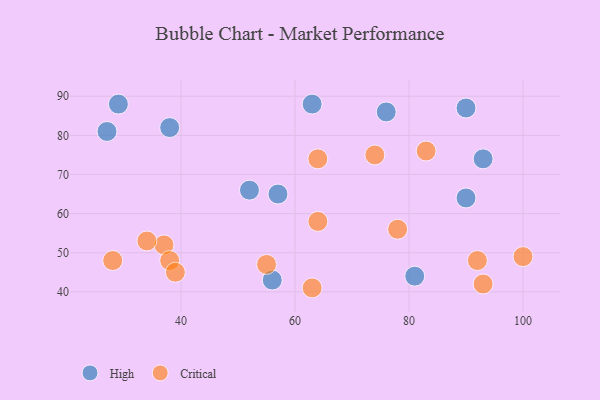
{"axis": {"x": "GDP", "y": "Life Expectancy"}, "legend": ["Critical", "High"], "data": [{"x": "76", "y": 86, "type": "High"}, {"x": "90", "y": 64, "type": "High"}, {"x": "63", "y": 88, "type": "High"}, {"x": "81", "y": 44, "type": "High"}, {"x": "90", "y": 87, "type": "High"}, {"x": "57", "y": 65, "type": "High"}, {"x": "52", "y": 66, "type": "High"}, {"x": "93", "y": 74, "type": "High"}, {"x": "27", "y": 81, "type": "High"}, {"x": "56", "y": 43, "type": "High"}, {"x": "29", "y": 88, "type": "High"}, {"x": "38", "y": 82, "type": "High"}, {"x": "64", "y": 58, "type": "Critical"}, {"x": "74", "y": 75, "type": "Critical"}, {"x": "93", "y": 42, "type": "Critical"}, {"x": "37", "y": 52, "type": "Critical"}, {"x": "78", "y": 56, "type": "Critical"}, {"x": "38", "y": 48, "type": "Critical"}, {"x": "28", "y": 48, "type": "Critical"}, {"x": "63", "y": 41, "type": "Critical"}, {"x": "100", "y": 49, "type": "Critical"}, {"x": "55", "y": 47, "type": "Critical"}, {"x": "92", "y": 48, "type": "Critical"}, {"x": "39", "y": 45, "type": "Critical"}, {"x": "83", "y": 76, "type": "Critical"}, {"x": "64", "y": 74, "type": "Critical"}, {"x": "34", "y": 53, "type": "Critical"}]}